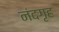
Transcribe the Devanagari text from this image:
नंदगृह